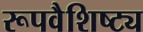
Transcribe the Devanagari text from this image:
रूपवैशिष्ट्य